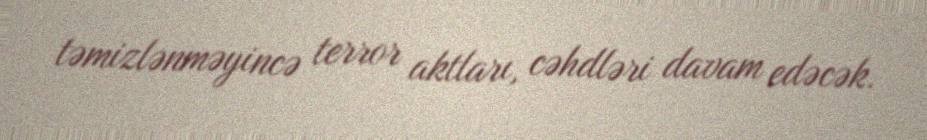
təmizlənməyincə terror aktları, cəhdləri davam edəcək.